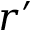
r ^ { \prime }